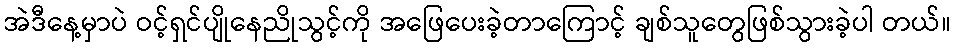
အဲဒီနေ့မှာပဲ ဝင့်ရှင်ပျိုနေညိုသွင့်ကို အဖြေပေးခဲ့တာကြောင့် ချစ်သူတွေဖြစ်သွားခဲ့ပါ တယ်။